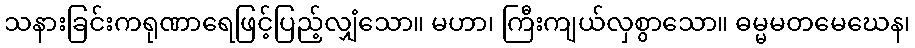
သနားခြင်းကရုဏာရေဖြင့်ပြည့်လျှံသော။ မဟာ၊ ကြီးကျယ်လှစွာသော။ ဓမ္မမတမေဃေန၊